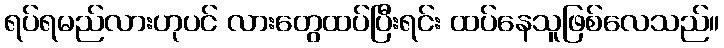
ရပ်ရမည်လားဟုပင် လားတွေထပ်ပြီးရင်း ထပ်နေသူဖြစ်လေသည်။